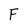
Character: F